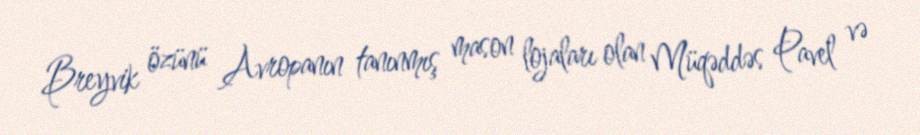
Breyvik özünü Avropanın tanınmış mason lojaları olan Müqəddəs Pavel və